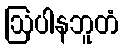
ဩပါနဘူတံ